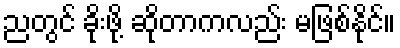
ညတွင် ခိုးဖို့ ဆိုတာကလည်း မဖြစ်နိုင်။